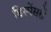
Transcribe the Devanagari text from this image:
डिस्पेंसरों